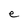
Character: e